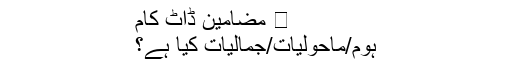
⋆ مضامین ڈاٹ کام
ہوم/ماحولیات/جمالیات کیا ہے؟